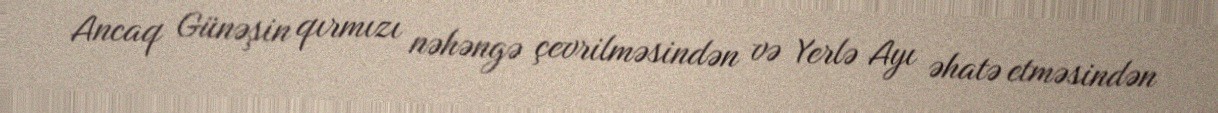
Ancaq Günəşin qırmızı nəhəngə çevrilməsindən və Yerlə Ayı əhatə etməsindən